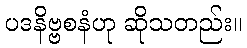
ပဒနိဗ္ဗစနံဟု ဆိုသတည်း။